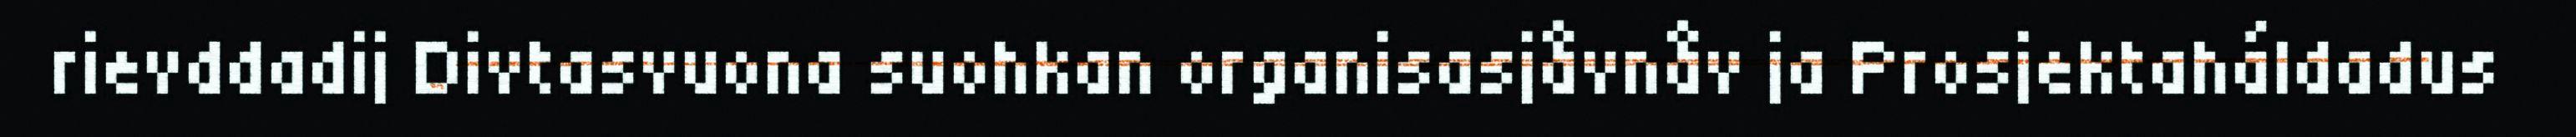
rievddadij Divtasvuona suohkan organisasjåvnåv ja Prosjektaháldadus